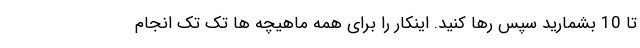
تا 10 بشمارید سپس رها کنید. اینکار را برای همه ماهیچه ها تک تک انجام